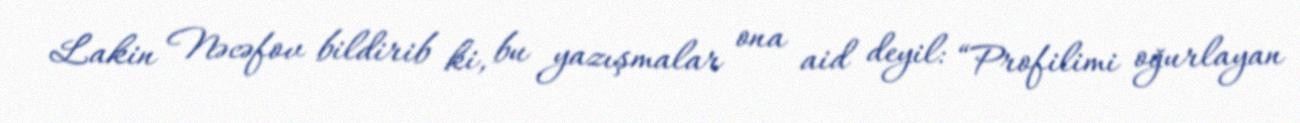
Lakin Nəcəfov bildirib ki, bu yazışmalar ona aid deyil: “Profilimi oğurlayan